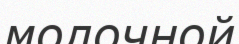
молочной